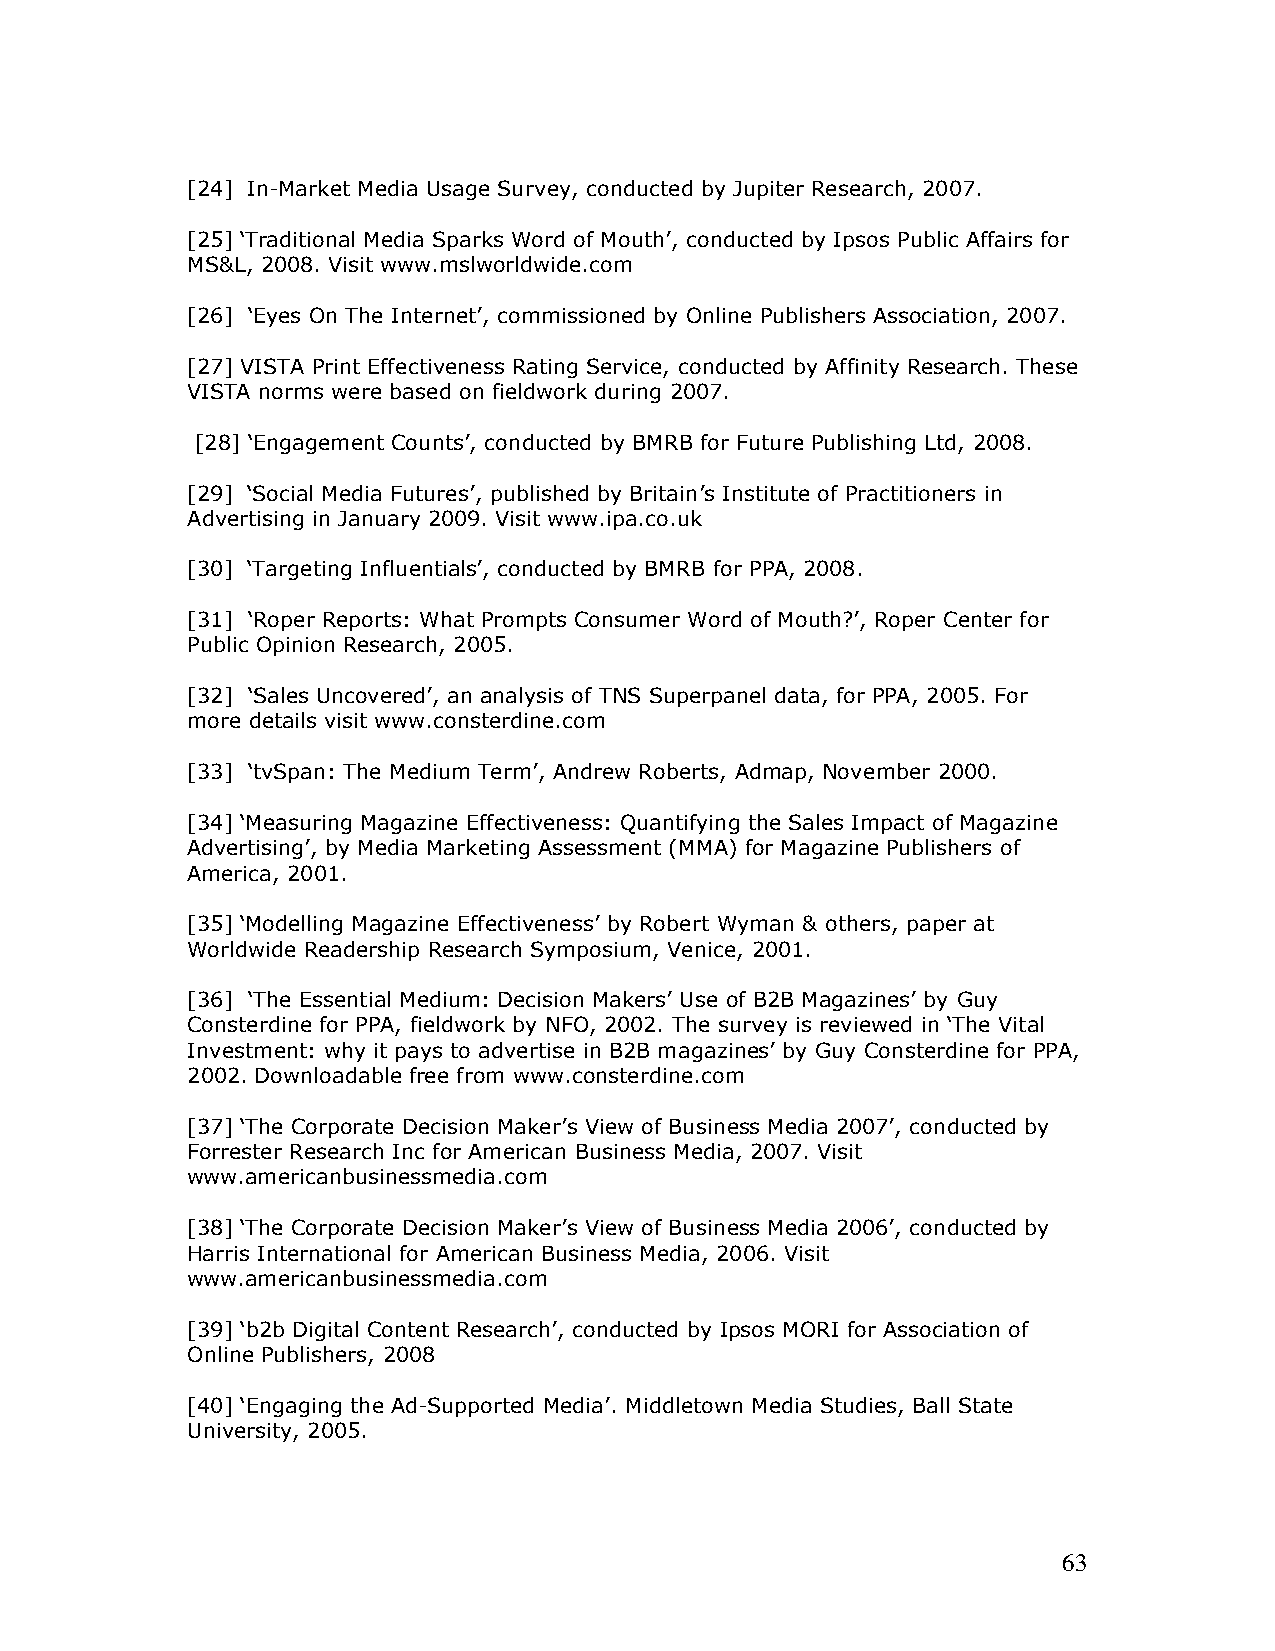
[24] In-Market Media Usage Survey, conducted by Jupiter Research, 2007.
 [25] ‘Traditional Media Sparks Word of Mouth’, conducted by Ipsos Public Affairs for
 MS&L, 2008. Visit www.mslworldwide.com
 [26] ‘Eyes On The Internet’, commissioned by Online Publishers Association, 2007.
 [27] VISTA Print Effectiveness Rating Service, conducted by Affinity Research. These
 VISTA norms were based on fieldwork during 2007.
 [28] ‘Engagement Counts’, conducted by BMRB for Future Publishing Ltd, 2008.
 [29] ‘Social Media Futures’, published by Britain’s Institute of Practitioners in
 Advertising in January 2009. Visit www.ipa.co.uk
 [30] ‘Targeting Influentials’, conducted by BMRB for PPA, 2008.
 [31] ‘Roper Reports: What Prompts Consumer Word of Mouth?’, Roper Center for
 Public Opinion Research, 2005.
 [32] ‘Sales Uncovered’, an analysis of TNS Superpanel data, for PPA, 2005. For
 more details visit www.consterdine.com
 [33] ‘tvSpan: The Medium Term’, Andrew Roberts, Admap, November 2000.
 [34] ‘Measuring Magazine Effectiveness: Quantifying the Sales Impact of Magazine
 Advertising’, by Media Marketing Assessment (MMA) for Magazine Publishers of
 America, 2001.
 [35] ‘Modelling Magazine Effectiveness’ by Robert Wyman & others, paper at
 Worldwide Readership Research Symposium, Venice, 2001.
 [36] ‘The Essential Medium: Decision Makers’ Use of B2B Magazines’ by Guy
 Consterdine for PPA, fieldwork by NFO, 2002. The survey is reviewed in ‘The Vital
 Investment: why it pays to advertise in B2B magazines’ by Guy Consterdine for PPA,
 2002. Downloadable free from www.consterdine.com
 [37] ‘The Corporate Decision Maker’s View of Business Media 2007’, conducted by
 Forrester Research Inc for American Business Media, 2007. Visit
 www.americanbusinessmedia.com
 [38] ‘The Corporate Decision Maker’s View of Business Media 2006’, conducted by
 Harris International for American Business Media, 2006. Visit
 www.americanbusinessmedia.com
 [39] ‘b2b Digital Content Research’, conducted by Ipsos MORI for Association of
 Online Publishers, 2008
 [40] ‘Engaging the Ad-Supported Media’. Middletown Media Studies, Ball State
 University, 2005.
 63